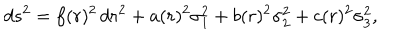
LaTeX: d s ^ { 2 } = f ( r ) ^ { 2 } \, d r ^ { 2 } + a ( r ) ^ { 2 } \sigma _ { 1 } ^ { 2 } + b ( r ) ^ { 2 } \sigma _ { 2 } ^ { 2 } + c ( r ) ^ { 2 } \sigma _ { 3 } ^ { 2 } ,